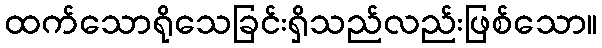
ထက်သောရိုသေခြင်းရှိသည်လည်းဖြစ်သော။